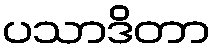
ပသာဒိတာ